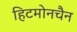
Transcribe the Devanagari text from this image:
हिटमोनचैन